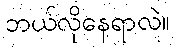
ဘယ်လိုနေရာလဲ။